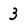
Character: 3